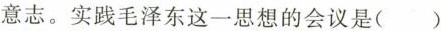
意志。实践毛泽东这一思想的会议是( )